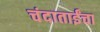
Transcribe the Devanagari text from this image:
चंदाताईंचा